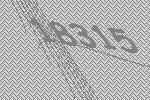
18315